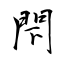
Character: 閇